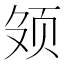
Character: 𬱕